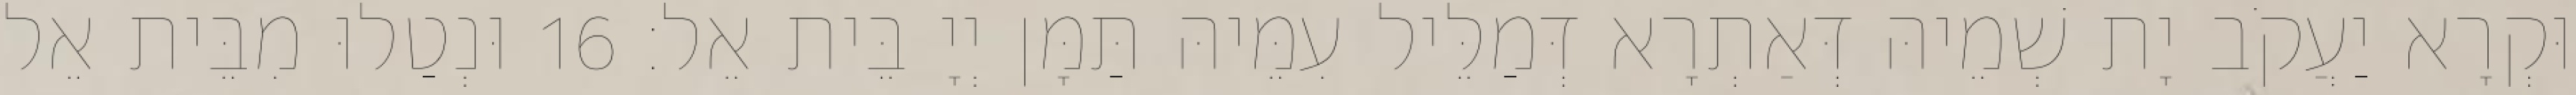
וּקְרָא יַעֲקֹב יָת שְׁמֵיהּ דְּאַתְרָא דְּמַלֵּיל עִמֵּיהּ תַּמָּן יְיָ בֵּית אֵל׃ 16 וּנְטַלוּ מִבֵּית אֵל